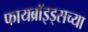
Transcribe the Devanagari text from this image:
फायब्रॉइड्सच्या